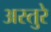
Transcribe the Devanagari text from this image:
अस्तुरे